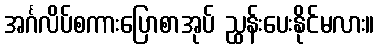
အင်္ဂလိပ်စကားပြောစာအုပ် ညွှန်းပေးနိုင်မလား။